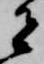
者